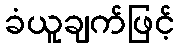
ခံယူချက်ဖြင့်